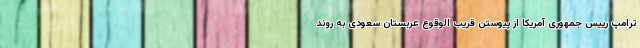
ترامپ رییس جمهوری آمریکا از پیوستن قریب الوقوع عربستان سعودی به روند